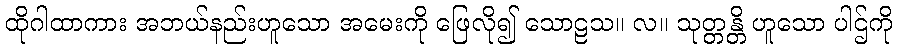
ထိုဂါထာကား အဘယ်နည်းဟူသော အမေးကို ဖြေလို၍ သောဠသ။ လ။ သုတ္တန္တိ ဟူသော ပါဌ်ကို